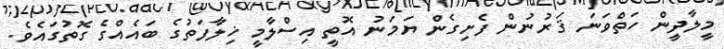
މީލާދީން ހަތްވަނަ ޤަރުނުން ފެށިގެން ޔަމަނު އޮތީ އިސްލާމީ ޚިލާފަތުގެ ބައެއްގެ ގޮތުގައެވެ.